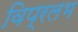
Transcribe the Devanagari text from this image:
विप्रलभ